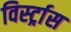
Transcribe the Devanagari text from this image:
विर्स्ट्रास